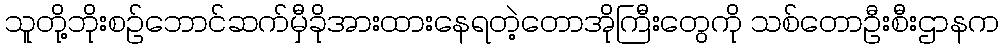
သူတို့ဘိုးစဉ်ဘောင်ဆက်မှီခိုအားထားနေရတဲ့တောအိုကြီးတွေကို သစ်တောဦးစီးဌာနက